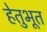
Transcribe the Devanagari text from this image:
हेतुभूत